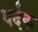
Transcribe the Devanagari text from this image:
वर्दक